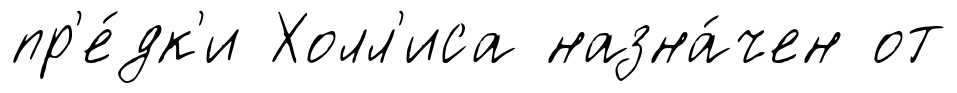
пр'е́дк'и Холл'иса назна́чен от